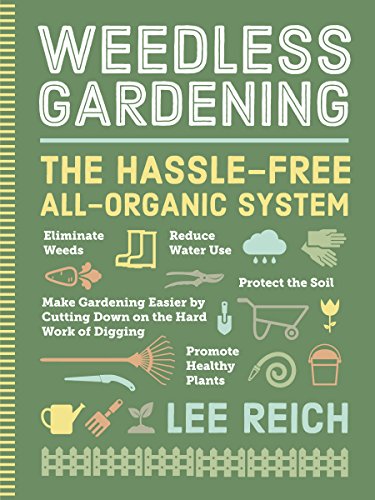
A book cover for Weedless Gardening; Lee Reich; Crafts, Hobbies & Home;